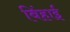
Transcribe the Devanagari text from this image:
बिंहाई